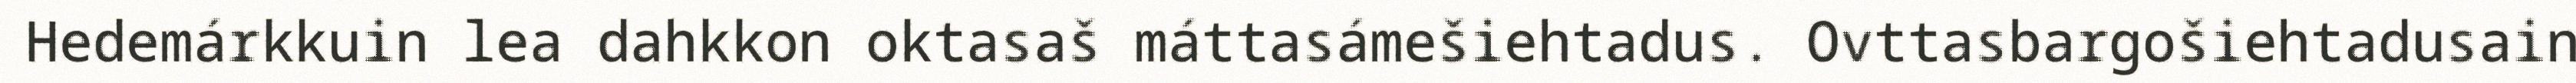
Hedemárkkuin lea dahkkon oktasaš máttasámešiehtadus. Ovttasbargošiehtadusain